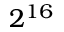
2 ^ { 1 6 }